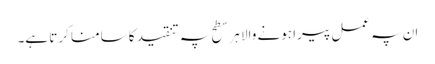
ان پہ عمل پیرا ہونے والا ہر سطح پہ تنقید کا سامنا کرتا ہے۔